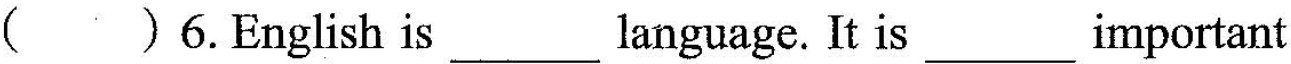
()6.English is___language. It is___important.